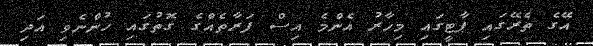
އޭގެ ތެރޭގައި ޕާޓީގައި މިހާރު އެންމެ އިސް ފަރާތެއްގެ ގޮތުގައި ހުންނެވި އަދި